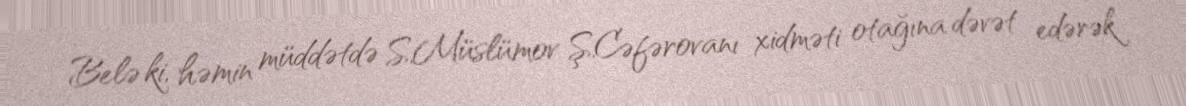
Belə ki, həmin müddətdə S.Müslümov Ş.Cəfərovanı xidməti otağına dəvət edərək